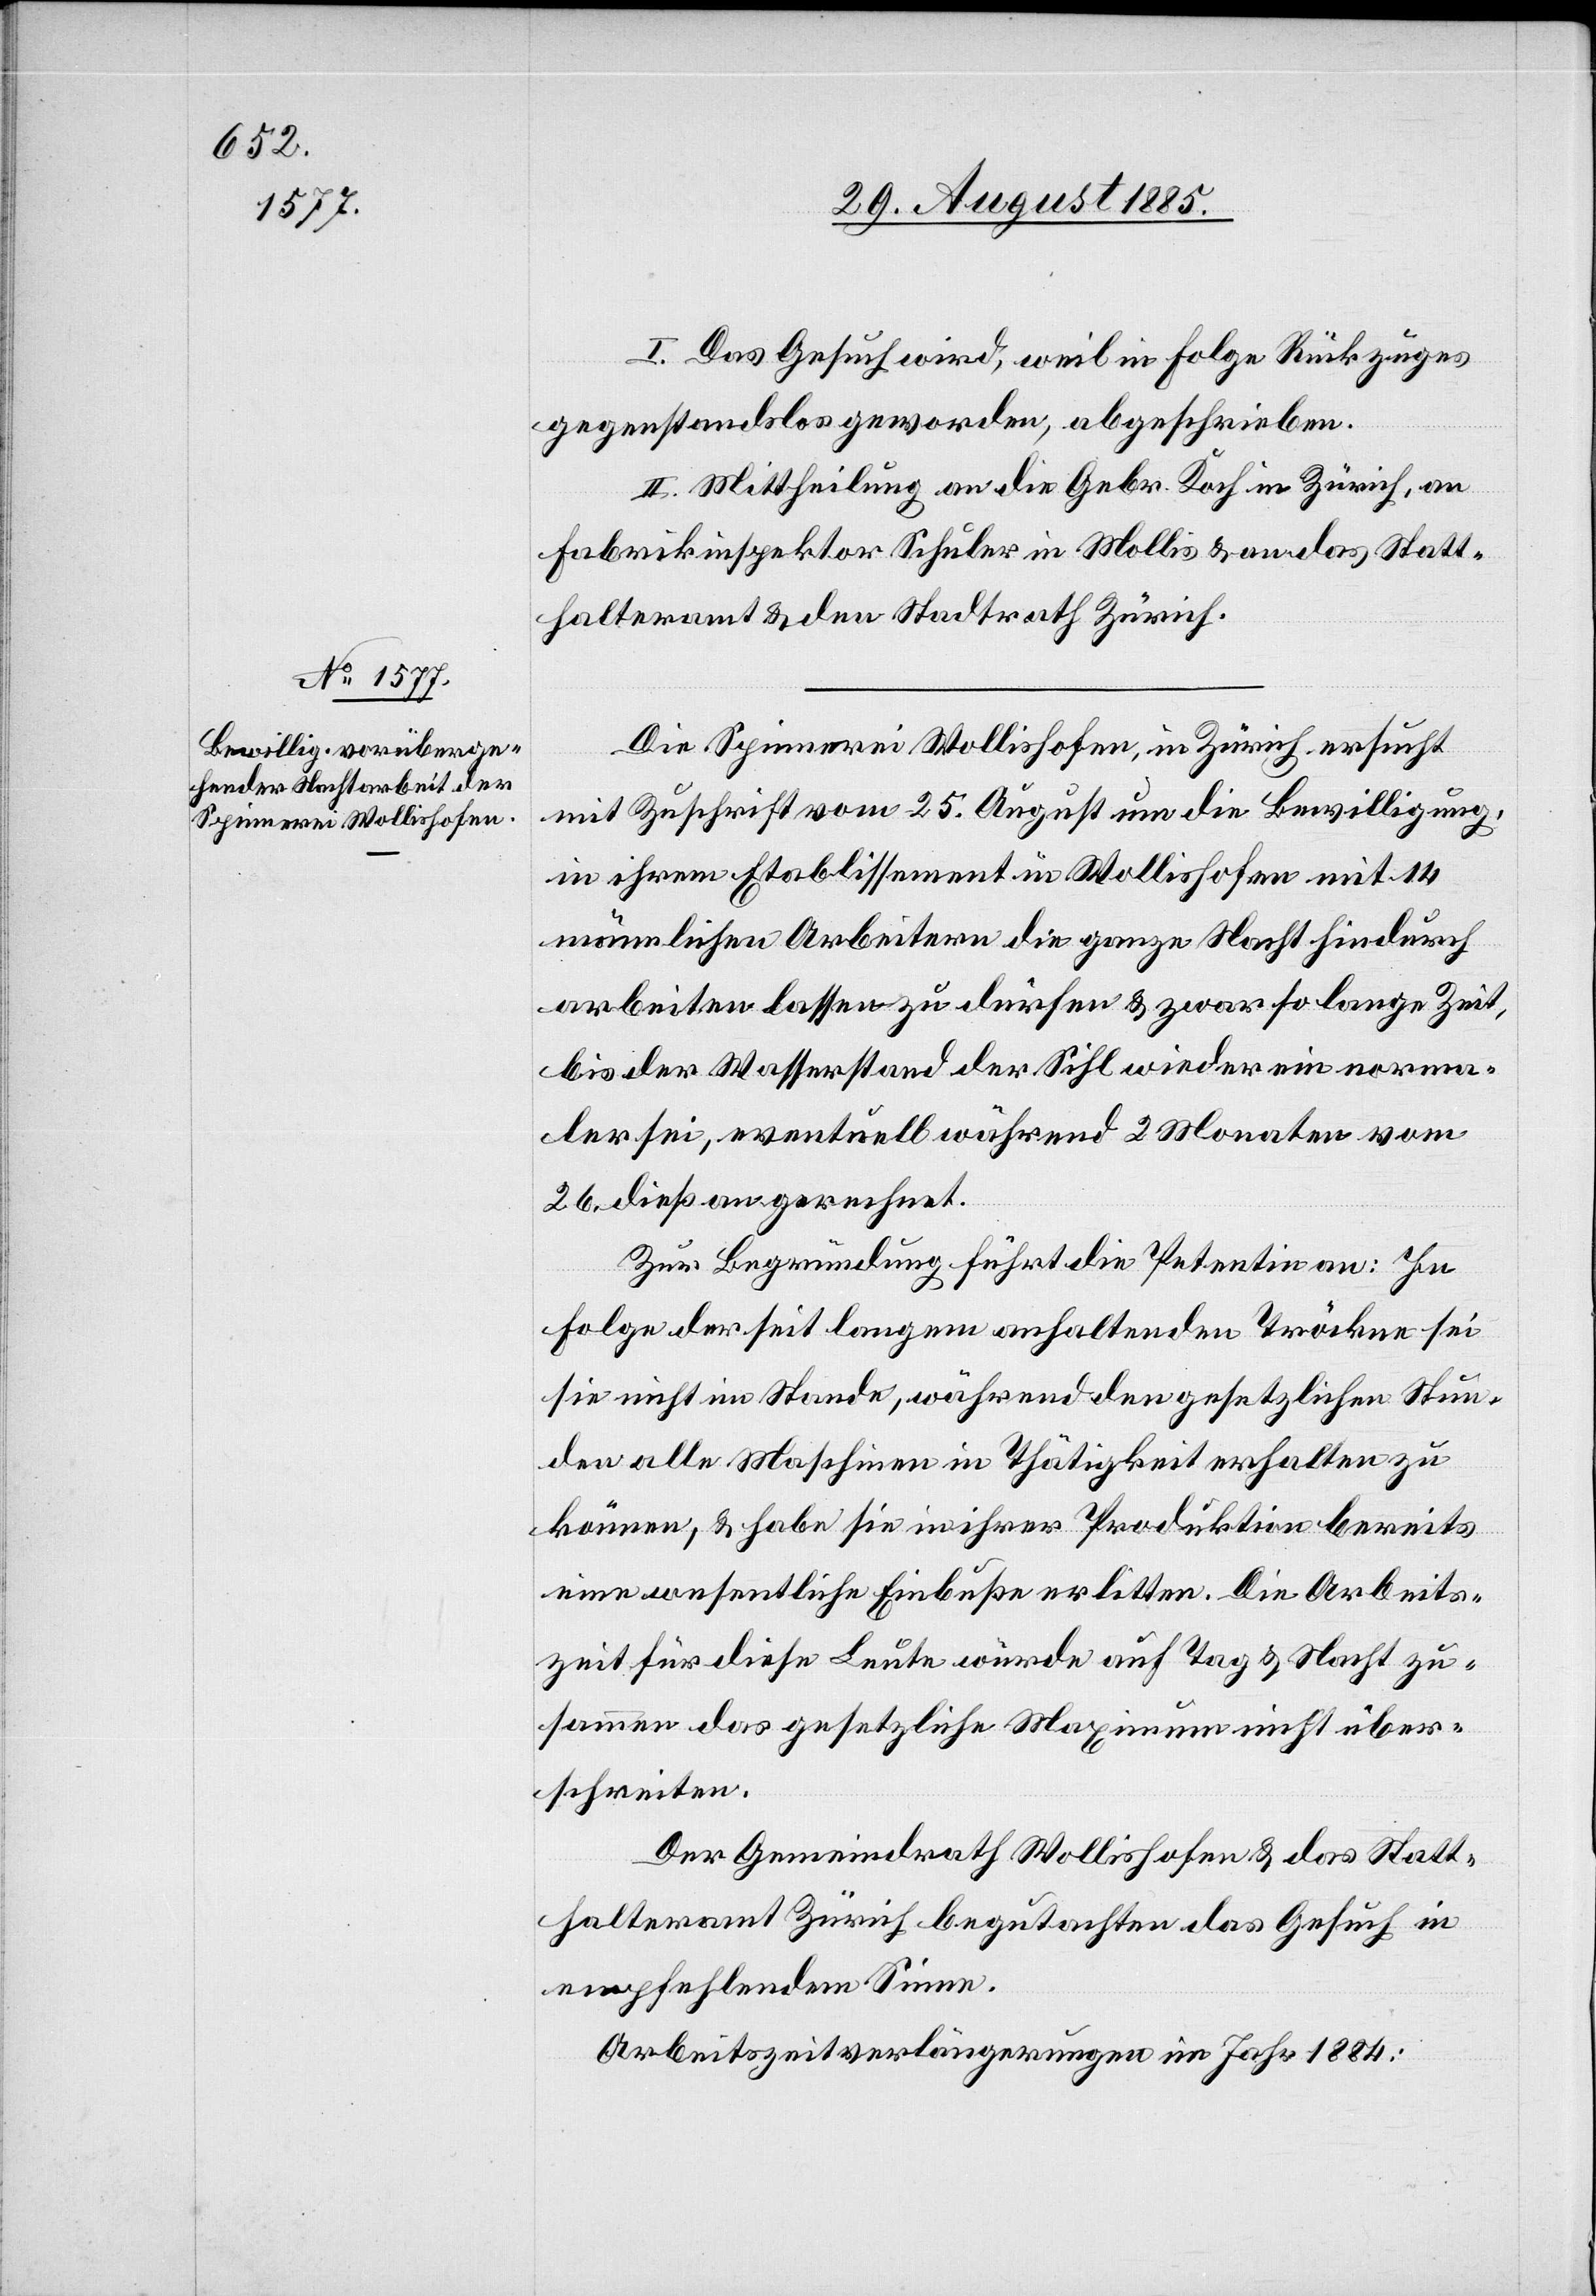
I. Das Gesuch wird, weil in Folge Rückzuges
gegenstandslos geworden, abgeschrieben.
II. Mittheilung an die Gebr. Koch in Zürich, an
Fabrikinspektor Schuler in Mollis & an das Statt¬
halteramt & den Stadtrath Zürich.
Die Spinnerei Wollishofen, in Zürich ersucht
mit Zuschrift vom 25. August um die Bewilligung,
in ihrem Etablissement in Wollishofen mit 14
männlichen Arbeitern die ganze Nacht hindurch
arbeiten lassen zu dürfen & zwar so lange Zeit,
bis der Wasserstand der Sihl wieder ein norma¬
ler sei, eventuell während 2 Monaten vom
26. dieß an gerechnet.
Zur Begründung führt die Petentin an: In
Folge der seit langem anhaltenden Tröckne sei
sie nicht im Stande, während den gesetzlichen Stun¬
den alle Maschinen in Thätigkeit erhalten zu
können, & habe sie in ihrer Produktion bereits
eine wesentliche Einbuße erlitten. Die Arbeits¬
zeit für diese Leute würde auf Tag & Nacht zu¬
sammen das gesetzliche Maximum nicht über¬
schreiten.
Der Gemeindrath Wollishofen & das Statt¬
halteramt Zürich begutachten das Gesuch in
empfehlendem Sinne.
Arbeitszeitverlängerungen im Jahr 1884: